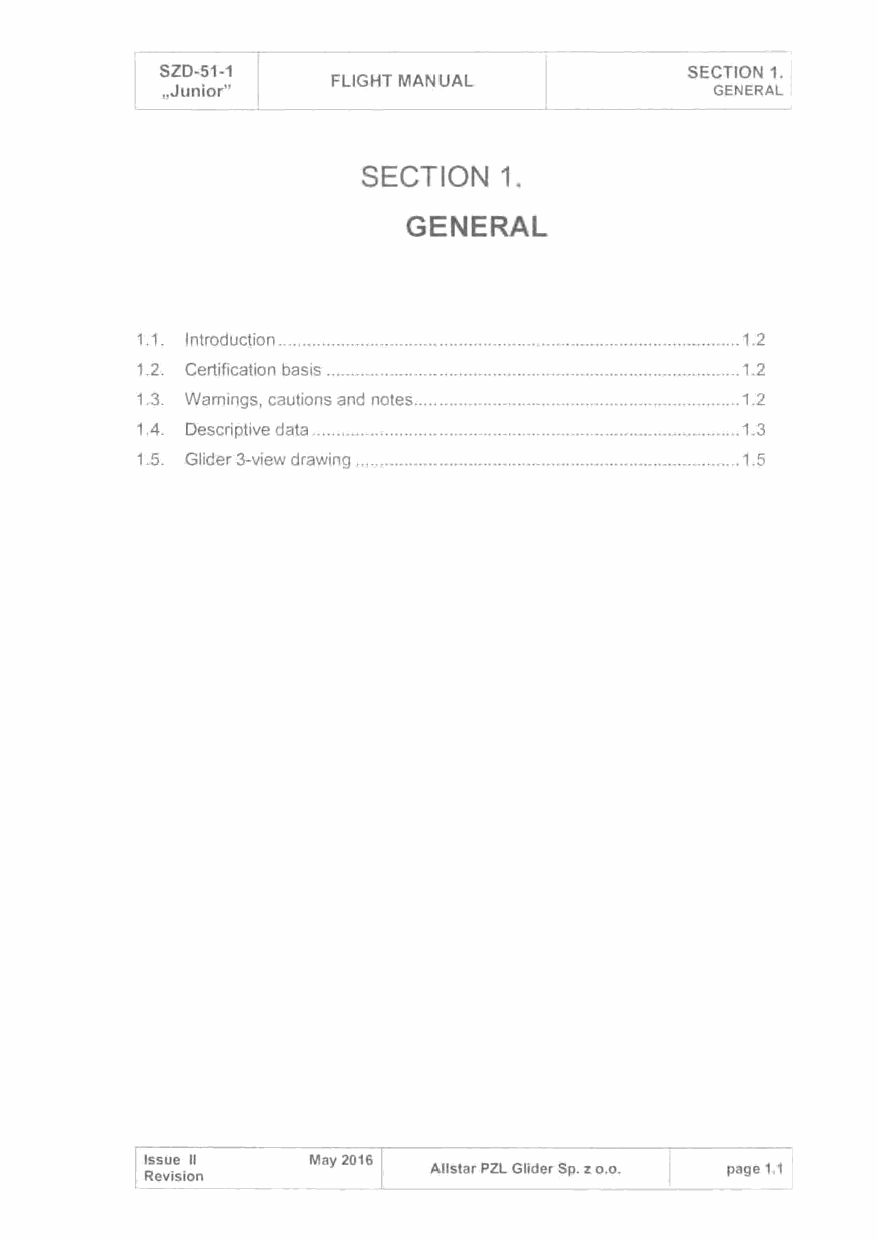
SZD-51-1   FLIGHT MANUAL           SECTION 1.
 ~i_o_r•_·~------------------------J-______________G_ E_N_ER_A_L_
 SECTION  1.
 GENERAL
 1.1. Introduction ............................................................................................... 1.2
 1.2. Certification basis ..................................................................................... 1.2
 1.3. Warnings, cautions and notes ................................................................... 1.2
 1.4. Descriptive data ........................................................................................ 1.3
 1.5. Glider 3-view drawing ............................................................................... 1.5
 Issue 11   May 2016               l
 Allstar PZL Glider Sp. z o.o. page1.1
 Revision